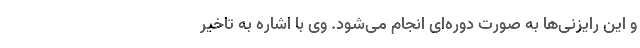
و این رایزنی‌ها به صورت دوره‌ای ‌انجام می‌شود. وی با اشاره به تاخیر